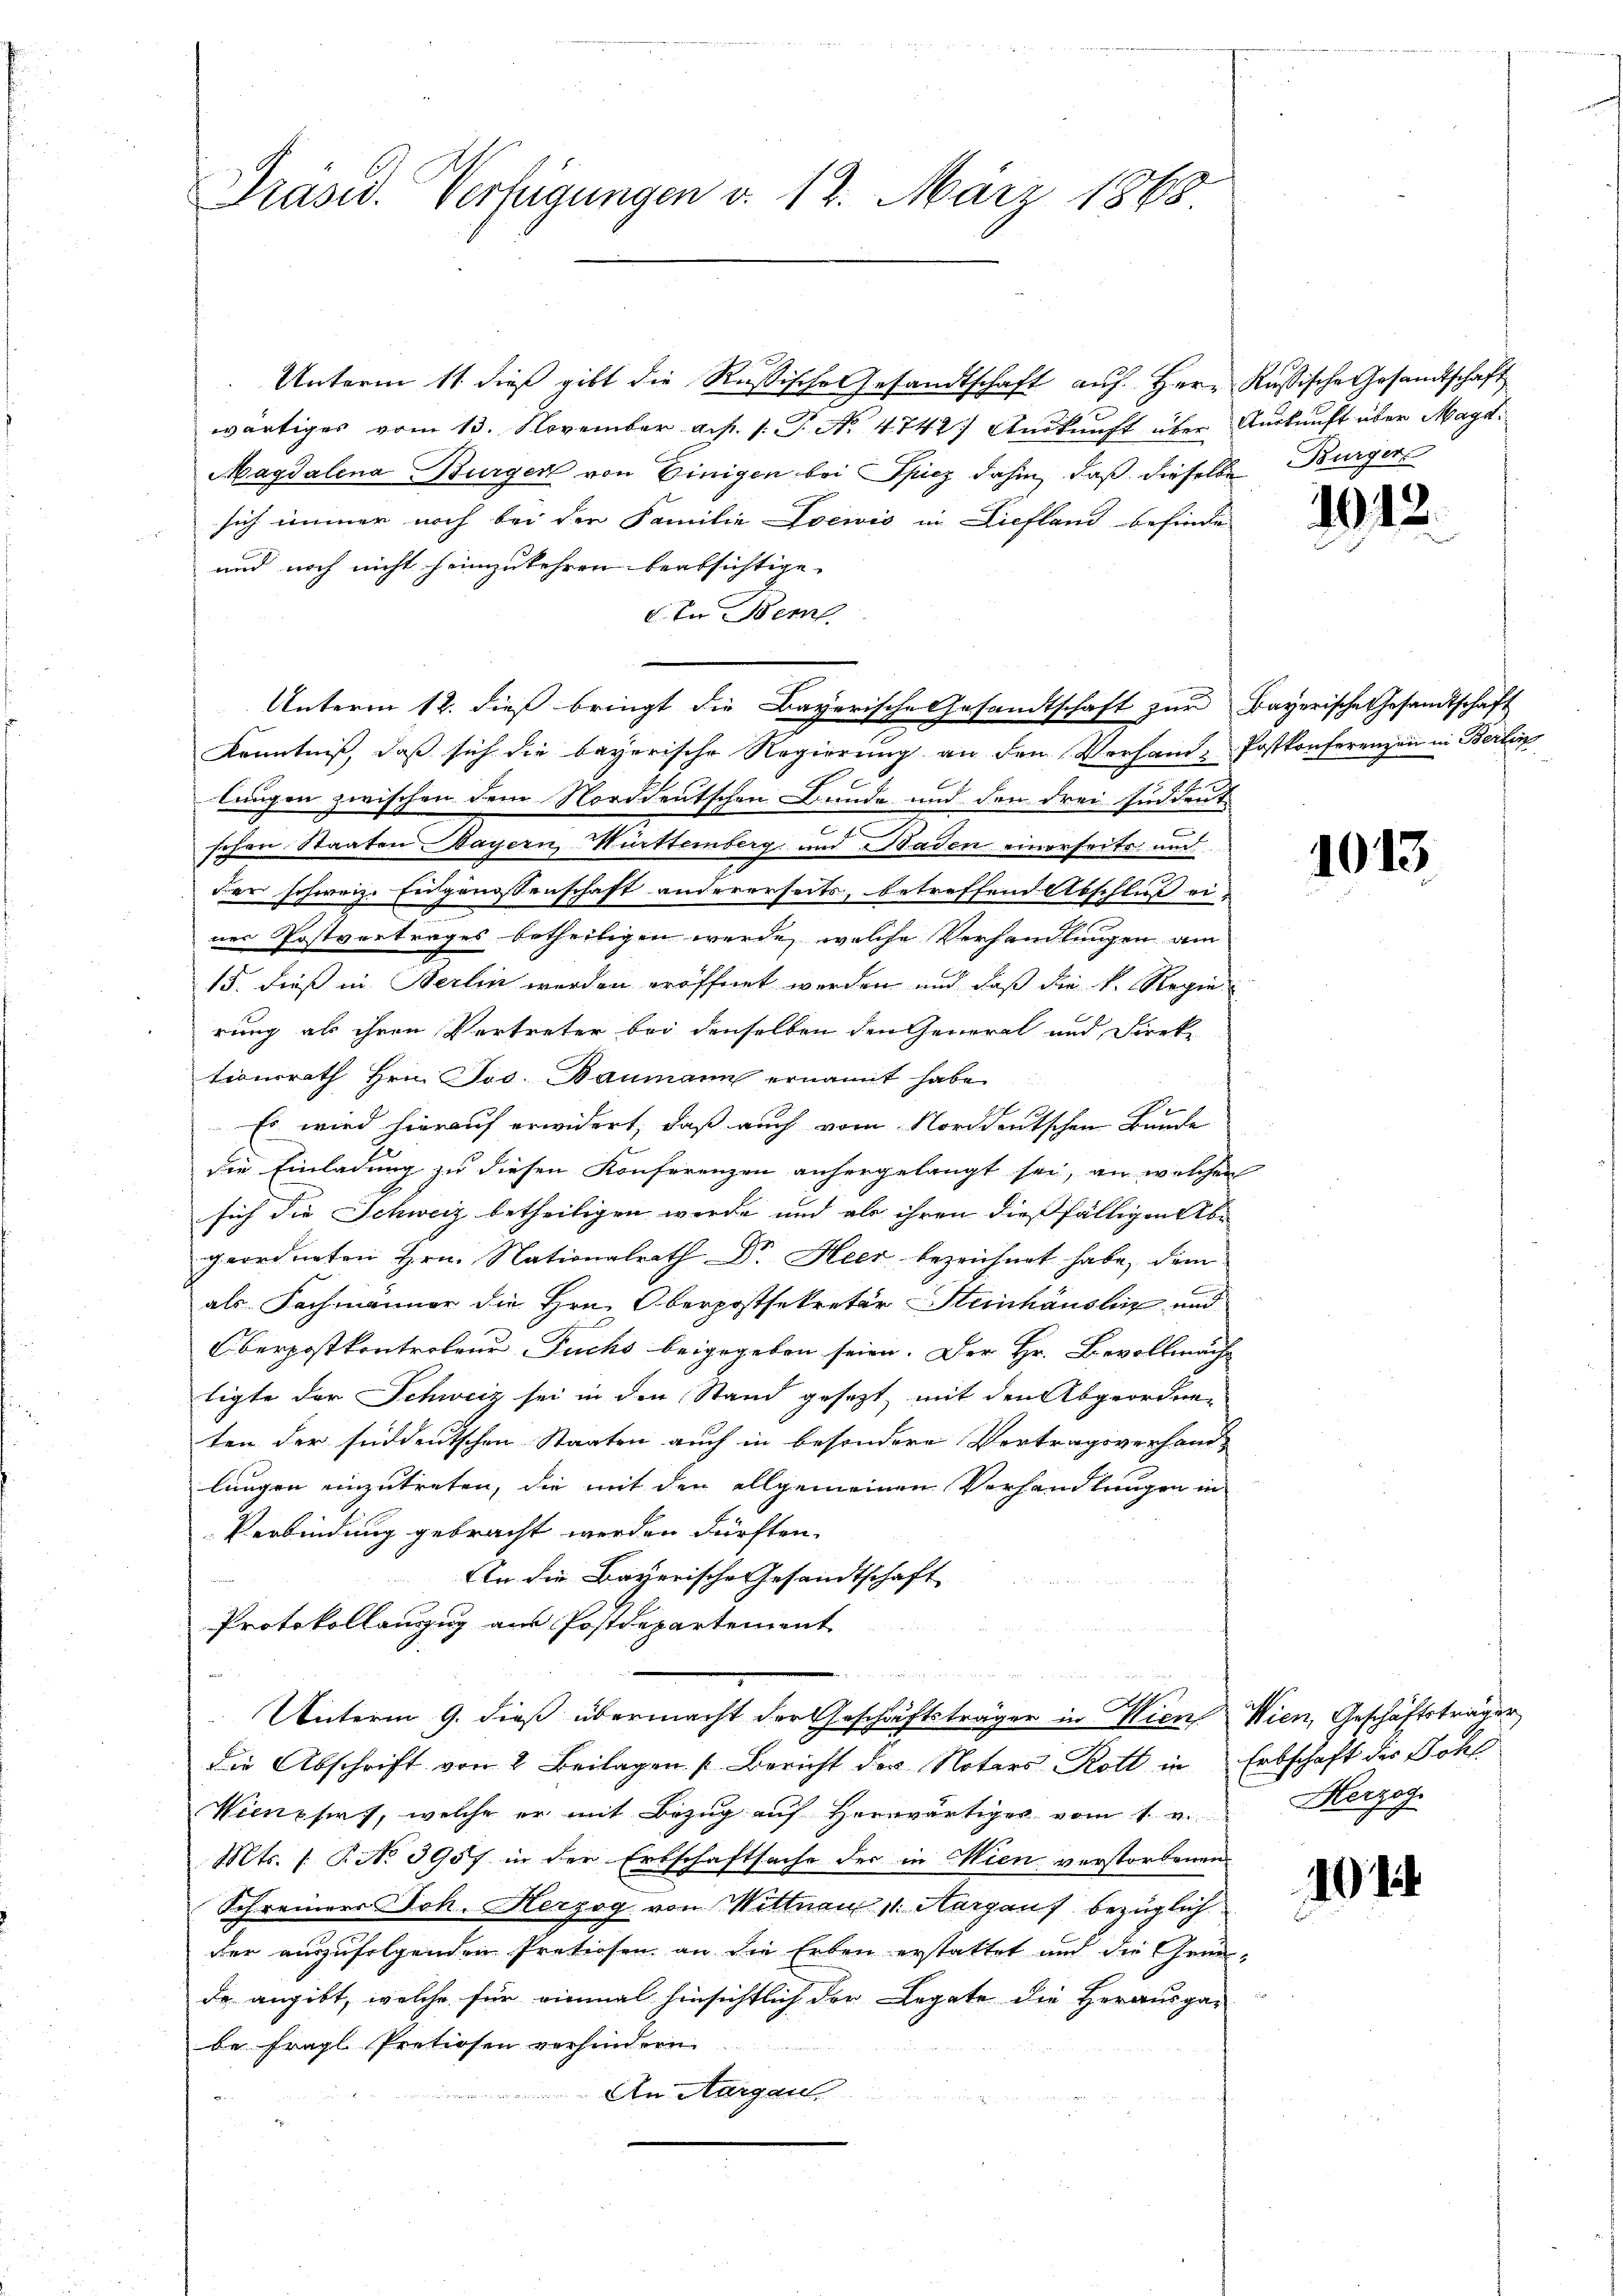
Präsid. Verfügungen v. 12. März 1868.

Unterm 11. dieß gibt die Rußische Gesandtschaft auf Herr Russische Gesandtschaft
wärtiges vom 13. November a.p. 1. P. No. 4742) Auskunft über Auskunft über Magd¬
Magdalena Burger von Einigen bei Spiez dahin, daß dieselbe
sich immer noch bei der Familie Loewis in Diefland befinde
und noch nicht heimzukehren beabsichtige.
In Bem
lungen zwischen dem Norddeutschen Bunde und den drei Suddeut
schon Staaten Mayern, Württemberg und Haden einerseite und
der schweiz. Eugenossenschaft andererseits, betreffend Abschluß ei-
ner Postvertrages betheiligen werde, welche Verhandlungen am
15. dieß in Berlin worden eröffnet werden und daß die k. Regie
rung als ihren Vertreter bei denselben den General und Direktionsrath Hrn. Jos. Baumann ernannt habe.
De
Es wird hierauf erwidert, daß auch vom Norddeutschen Bunde
die Einladung zu diesen Konferenzen anhergelangt sei, an welchen
sich die Schweiz betheiligen werde und als ihren dießfälligen Abe
geordneten Hrn. Nationalrath Dr. Heer bezeichnet habe, dem
als Fachmänner die Hrn. Oberpostsekretär Steinhäuslin und
Oberpostkontroleur Fuchs beigegeben seien. Der Hr. Bevollmäch
tigte der Schweiz sei in den Stand gesezt, mit den Abgeordneten der süddeutschen Staaten auch in besondere Vertragsverhand-
lungen einzutreten, die mit den allgemeinen Verhandlungen in
Verbindung gebracht werden dürften.
An die Bayerische Gesandtschaft
Protokollanzug aus Postdepartement
n
A
Unterm 9. dieß übermacht der Geschäftsträger in Wien Wien, Geschäftsträger
die Abschrift von 2 Beilagen Bericht der Notars Rott in Erbschaft der Sohl
Wienphirt, welche er mit Bezug auf Herrwärtiges vom 1. v.
Mts. (T. No 3957 in der Erbschaftsache der in Wien verstorbenen
Schreiners Joh. Herzog von Wittnau 11. Margauf bezüglich
der auszufolgenden Pretiosen an die Erben erstattet und die Gemde angibt, welche für einmal hinsichtlich der Legate die Herausga-
be fragl. Pretiosen verhindern.
An Aargau

Unterm 12. dieß bringt die Bayerische Gesandtschaft zur Bayerische Gesandtschaft
Kenntniß, daß sich die bayerische Regierung an den Vorhand-Postkonferenzen in Berlin

Bürgers

1

1912.

1013

Herzog

1